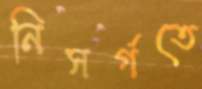
নিসর্গতে